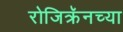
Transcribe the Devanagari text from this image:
रोजिक्रॅनच्या